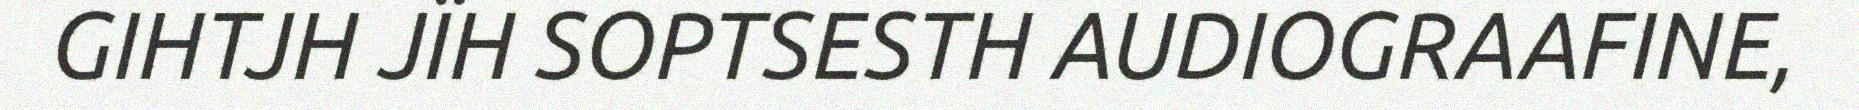
GIHTJH JÏH SOPTSESTH AUDIOGRAAFINE,